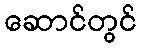
ဆောင်တွင်